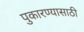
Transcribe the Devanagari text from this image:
पुकारण्यासाठी